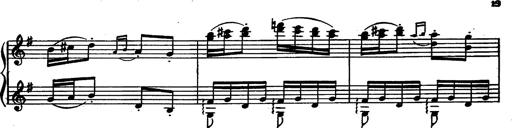
Title: Magyar rapszÃ³diÃ¡k
Composer: Franz Liszt